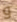
و